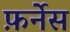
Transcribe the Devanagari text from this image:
फ़र्नेस